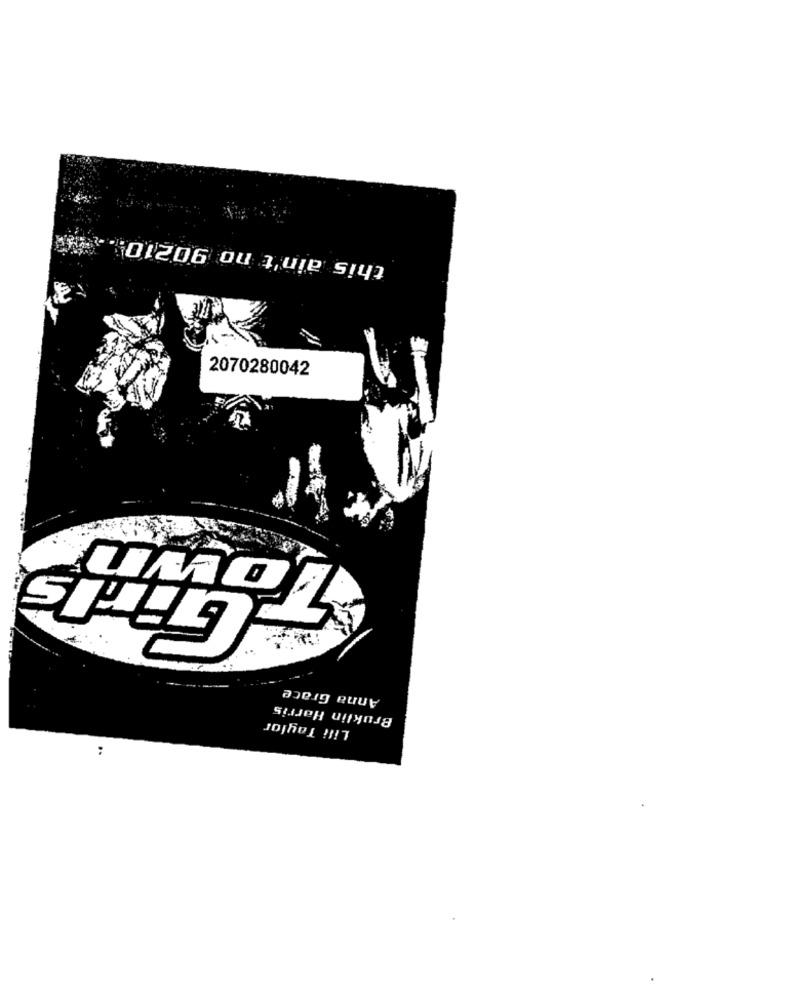
this ain't no 90210.
2070280042
Own
T
Girls
Anna Grace
Bruklin Harris
Lili Taylor
: